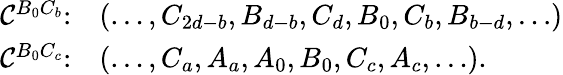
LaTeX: \begin{array}{rl}{\mathcal{C}^{B_{0}C_{b}}\colon}&{(\ldots,C_{2d-b},B_{d-b},C_{d},B_{0},C_{b},B_{b-d},\ldots)}\\ {\mathcal{C}^{B_{0}C_{c}}\colon}&{(\ldots,C_{a},A_{a},A_{0},B_{0},C_{c},A_{c},\ldots).}\end{array}